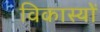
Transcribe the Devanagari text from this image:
विकास्यों